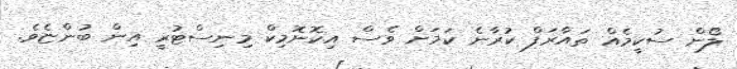
ލޯން ސުކީމެއް ތައާރަފް ކުރާނެ ކަމަށް ވެސް އިކޮނޮމިކް މިނިސްޓުރީ އިން ބުންޏެވެ.